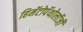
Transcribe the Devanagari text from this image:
हिमॅटोपॅथोलॉजी